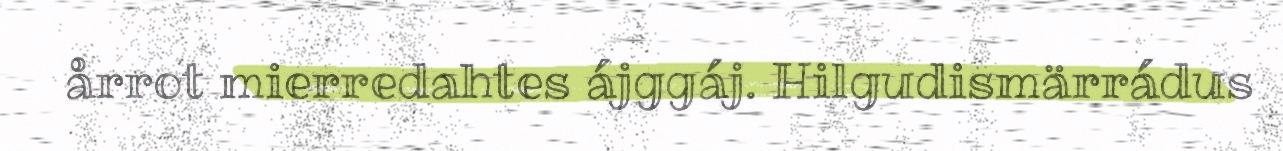
årrot mierredahtes ájggáj. Hilgudismärrádus